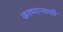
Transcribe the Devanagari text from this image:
करणाऱ्याची